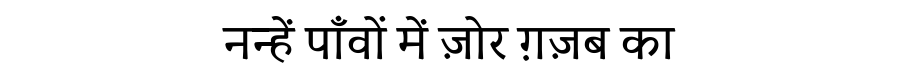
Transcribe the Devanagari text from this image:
नन्हें पाँवों में ज़ोर ग़ज़ब का